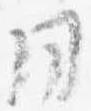
同